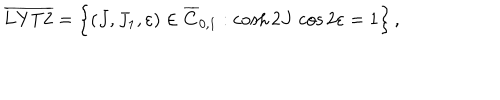
\overline { { \mathrm { L Y T 2 } } } = \left\{ ( J , J _ { 1 } , \varepsilon ) \in \overline { { C } } _ { 0 , 1 } : \cosh 2 J \, \cos 2 \varepsilon = 1 \right\} ,